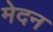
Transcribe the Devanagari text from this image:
मेदन